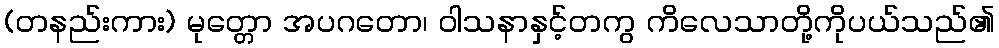
(တနည်းကား) မုတ္တော အပဂတော၊ ဝါသနာနှင့်တကွ ကိလေသာတို့ကိုပယ်သည်၏